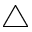
\bigtriangleup